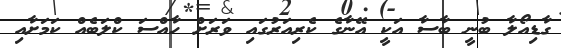
ގާޑިއޯލާ ބުނީ ބާސާ އަކީ އޭނާގެ ކެރިއަރުގައި ވަރަށް ހާއްސަ ކްލަބެއް ކަމަށާއި